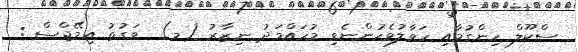
ސްކޫލް ހިންގުމާއި ހަވާލުވެހުންނެވި މުހައްމަދު ނިޒާރު (މ)  ވަގުތު އިމޭޖްސް :